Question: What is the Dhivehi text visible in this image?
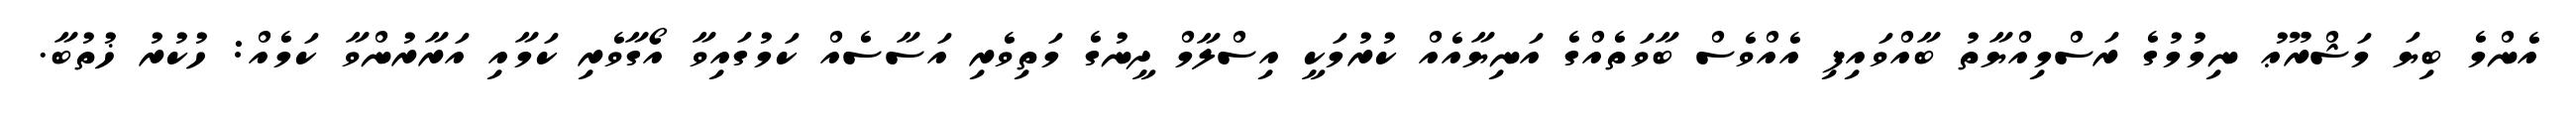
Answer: އެންމެ ބިޔަ މަޝްރޫޢު ނިމުމުގެ ރަސްމިއްޔާތު ބާއްވައިފި އެއްވެސް ބާވަތެއްގެ އަނިޔާއެއް ކުރުމަކީ އިސްލާމް ދީނުގެ މަތިވެރި އަސާސެއް ކަމުގައިވާ އޯގާވެރި ކަމާއި އަރާރުންވާ ކަމެއް: ހުކުރު ޚުތުބާ.